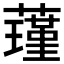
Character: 𮶸